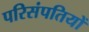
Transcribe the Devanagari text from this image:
परिसंपतियों